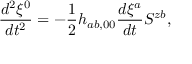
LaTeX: \frac { d ^ { 2 } \xi ^ { 0 } } { d t ^ { 2 } } = - \frac { 1 } { 2 } h _ { a b , 0 0 } \frac { d \xi ^ { a } } { d t } S ^ { z b } ,